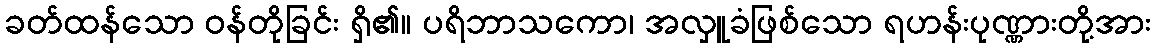
ခတ်ထန်သော ဝန်တိုခြင်း ရှိ၏။ ပရိဘာသကော၊ အလှူခံဖြစ်သော ရဟန်းပုဏ္ဏားတို့အား